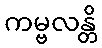
ကမ္ဗလန္တိ